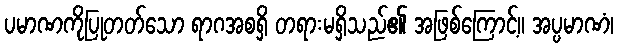
ပမာဏကိုပြုတတ်သော ရာဂအစရှိ တရားမရှိသည်၏ အဖြစ်ကြောင့်။ အပ္ပမာဏံ၊